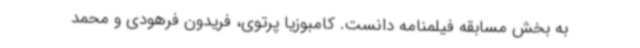
به بخش مسابقه فیلمنامه دانست. کامبوزیا پرتوی، فریدون فرهودی و محمد